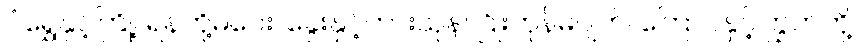
ဝံရွှေနှင့်ကြို့၊ ရန်ဘို့မဝေး၊ ခွေးနှင့်ကားယုန်၊ ငြိုးဟုန်မပျက်၊ ကြောင်နှင့်ကြွက်တို့၊